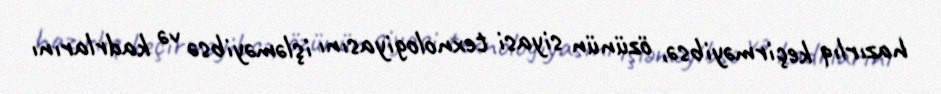
hazırlıq keçirməyibsə, özünün siyasi texnologiyasını işləməyibsə və kadrlarını